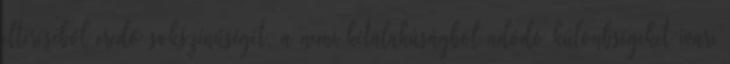
eltéréséből eredő sokszínűségét, a nemi kétalakúságból adódó különbségeket ivari